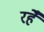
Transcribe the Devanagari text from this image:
रहेँ